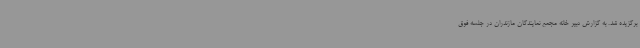
برگزیده شد. به گزارش دبیر خانه مجمع نمایندگان مازندران در جلسه فوق